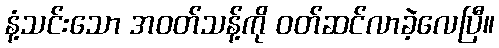
နံ့သင်းသော အဝတ်သန့်ကို ဝတ်ဆင်လာခဲ့လေပြီ။